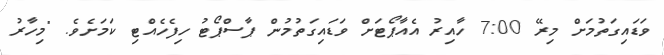
ވަޑައިގަތުމަށް މިރޭ 7:00 ހާއިރު އެއާޕޯޓަށް ވަޑައިގަތުމުން ޕާސްޕޯޓު ހިފެހެއްޓި ކަމަށެވެ. "މިހާރު